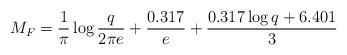
LaTeX: \begin{align*}M_F= \frac{1}{\pi}\log{\frac{q}{2\pi e}}+\frac{0.317}{e}+\frac{0.317\log{q}+6.401}{3} \end{align*}